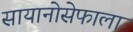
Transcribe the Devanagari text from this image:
सायानोसेफाला